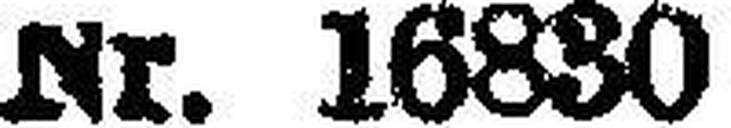
Nr. 16830